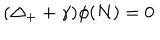
( \Delta _ { + } + \gamma ) \phi ( N ) = 0